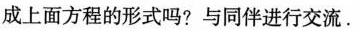
成上面方程的形式吗?与同伴进行交流.